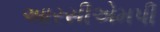
આરસીએમપી